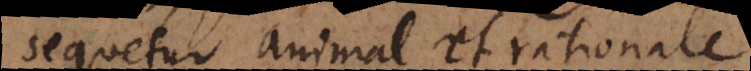
sequetur animal et rationale